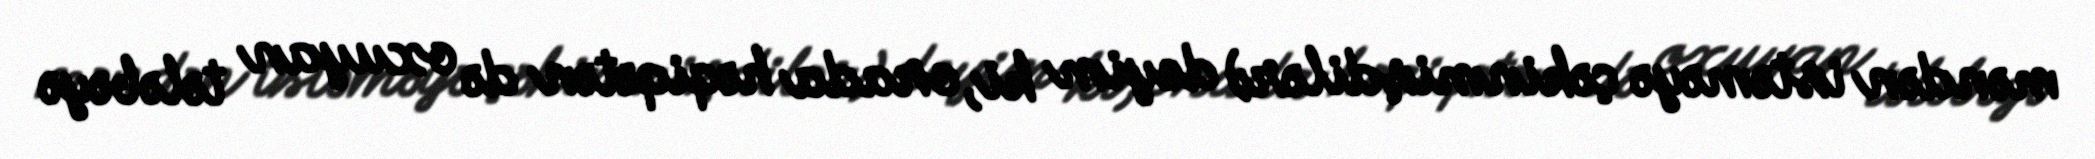
məndən istəməyə çəkinmişdilər) deyim ki, orada həqiqətən də oxuyan tələbəyə